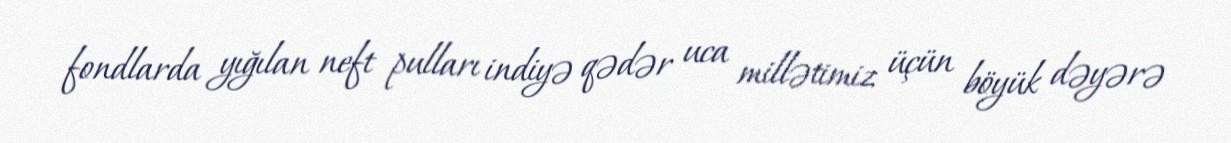
fondlarda yığılan neft pulları indiyə qədər uca millətimiz üçün böyük dəyərə